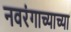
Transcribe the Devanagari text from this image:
नवरंगाच्याच्या